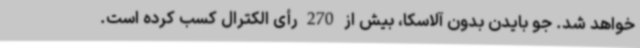
خواهد شد. جو بایدن بدون آلاسکا، بیش از 270 رأی الکترال کسب کرده است.